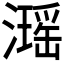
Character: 𤁓